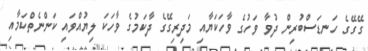
ގޭގޭގެ ހަނޑަަސްބުރިން ދުވާ ވަހުގެ ވާހަކަޔާއި މަދިރިގޭގެ ދާކަމުގެ ވާހަކަ ލިޔުއްވައި ކަންނެތްކަމާއި